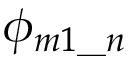
\phi _ { m 1 \_ n }